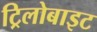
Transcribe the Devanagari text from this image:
ट्रिलोबाइट